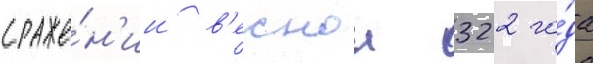
сраже́н'ии в'еснои 322 го́да